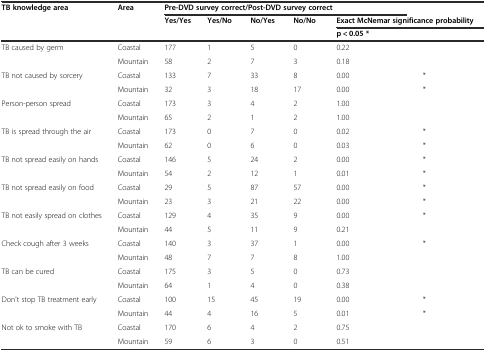
| <ROWSPAN=3> TB knowledge area | <ROWSPAN=3> Area | <COLSPAN=5> Pre-DVD survey correct/Post-DVD survey correct |  |
 | <ROWSPAN=2> Yes/Yes | <ROWSPAN=2> Yes/No | <ROWSPAN=2> No/Yes | <ROWSPAN=2> No/No | <COLSPAN=2> Exact McNemar significance probability |
 | <COLSPAN=2> p < 0.05 * |
 | --- | --- | --- | --- | --- | --- | --- | --- |
 | <ROWSPAN=2> TB caused by germ | Coastal | 177 | 1 | 5 | 0 | 0.22 |  |
 | Mountain | 58 | 2 | 7 | 3 | 0.18 |  |
 | <ROWSPAN=2> TB not caused by sorcery | Coastal | 133 | 7 | 33 | 8 | 0.00 | * |
 | Mountain | 32 | 3 | 18 | 17 | 0.00 | * |
 | <ROWSPAN=2> Person-person spread | Coastal | 173 | 3 | 4 | 2 | 1.00 |  |
 | Mountain | 65 | 2 | 1 | 2 | 1.00 |  |
 | <ROWSPAN=2> TB is spread through the air | Coastal | 173 | 0 | 7 | 0 | 0.02 | * |
 | Mountain | 62 | 0 | 6 | 0 | 0.03 | * |
 | <ROWSPAN=2> TB not spread easily on hands | Coastal | 146 | 5 | 24 | 2 | 0.00 | * |
 | Mountain | 54 | 2 | 12 | 1 | 0.01 | * |
 | <ROWSPAN=2> TB not spread easily on food | Coastal | 29 | 5 | 87 | 57 | 0.00 | * |
 | Mountain | 23 | 3 | 21 | 22 | 0.00 | * |
 | <ROWSPAN=2> TB not easily spread on clothes | Coastal | 129 | 4 | 35 | 9 | 0.00 | * |
 | Mountain | 44 | 5 | 11 | 9 | 0.21 |  |
 | <ROWSPAN=2> Check cough after 3 weeks | Coastal | 140 | 3 | 37 | 1 | 0.00 | * |
 | Mountain | 48 | 7 | 7 | 8 | 1.00 |  |
 | <ROWSPAN=2> TB can be cured | Coastal | 175 | 3 | 5 | 0 | 0.73 |  |
 | Mountain | 64 | 1 | 4 | 0 | 0.38 |  |
 | <ROWSPAN=2> Don't stop TB treatment early | Coastal | 100 | 15 | 45 | 19 | 0.00 | * |
 | Mountain | 44 | 4 | 16 | 5 | 0.01 | * |
 | <ROWSPAN=2> Not ok to smoke with TB | Coastal | 170 | 6 | 4 | 2 | 0.75 |  |
 | Mountain | 59 | 6 | 3 | 0 | 0.51 |  |